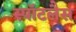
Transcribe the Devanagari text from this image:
स्पॉटलैस